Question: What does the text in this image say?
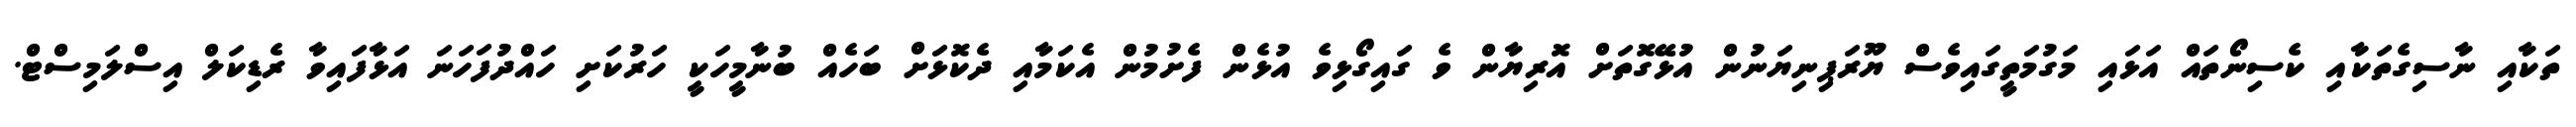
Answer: ތަކާއި ނާސިގެތަކާއި ކެސިނޯތައް އަޅައި މަގުމަތީގައިވެސް ޔޫރަޕިނިޔަނުން އުޅޭގޮތަށް އޮރިޔާން ވެ ގައިގޯޅިވެ އުޅެން ފެށުމުން އެކަމާއި ދެކޮޅަށް ބަހެއް ބުނާމީހަކީ ހަރުކަށި ހައްދުފަހަނަ އަޅާފައިވާ ރެޑިކަލް އިސްލަމިސްޓް.